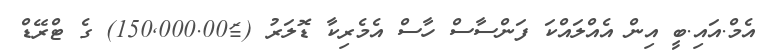
އެމް.އައި.ބީ އިން އެއްލައްކަ ފަންސާސް ހާސް އެމެރިކާ ޑޮލަރު ($150